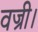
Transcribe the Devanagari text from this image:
वज्री।